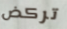
تركض